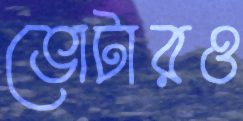
ভোটারও